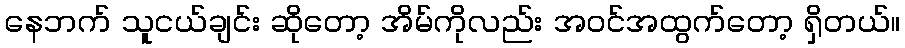
နေဘက် သူငယ်ချင်း ဆိုတော့ အိမ်ကိုလည်း အဝင်အထွက်တော့ ရှိတယ်။